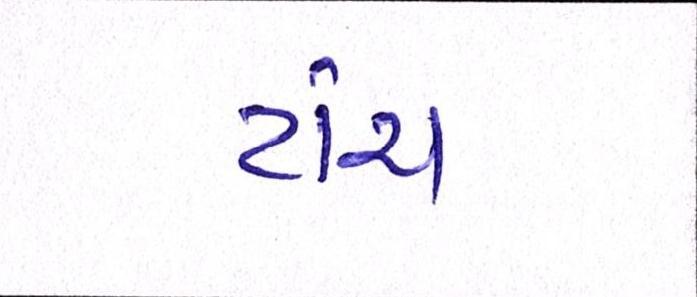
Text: ટાંચ